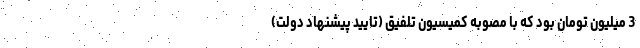
3 میلیون تومان بود که با مصوبه کمیسیون تلفیق (تایید پیشنهاد دولت)